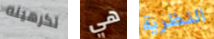
تكرهينه هي النظرية